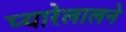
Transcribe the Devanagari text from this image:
प्यारेलालने